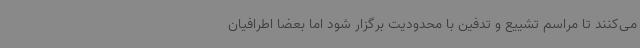
می‌کنند تا مراسم تشییع و تدفین با محدودیت برگزار شود اما بعضا اطرافیان